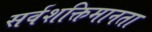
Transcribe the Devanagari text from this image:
सर्वशक्तिमानता